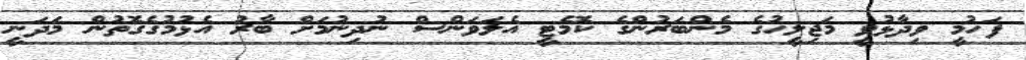
ފަހުމީ ވިދާޅުވީ މަޖިލީހުގެ މެންބަރުންގެ ކޮމެޓީ އެލަވަންސް ނުދިނުމަށް ބާރު އެޅުމުގެގޮތުން މަދަނީ